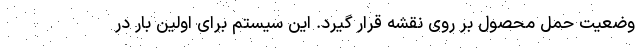
وضعیت حمل محصول بر روی نقشه قرار گیرد. این سیستم برای اولین بار در